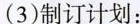
（3）制订计划：